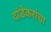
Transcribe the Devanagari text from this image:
दांडेकरांचा